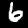
Label: 6